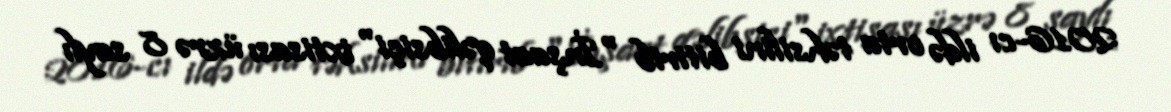
2016-cı ildə orta təhsilini bitirib "İnşaat qəlibsiçi" ixtisası üzrə 8 saylı